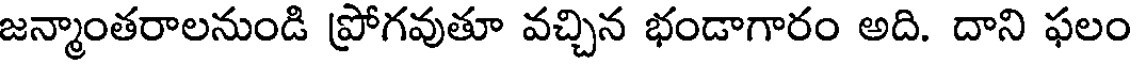
జన్మాంతరాలనుండి ప్రోగవుతూ వచ్చిన భండాగారం అది. దాని ఫలం